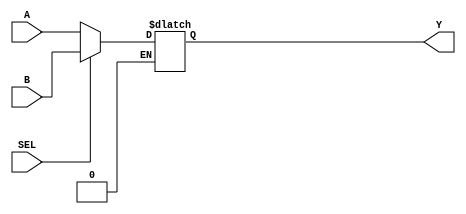
module mux_2to1(
    input wire A,
    input wire B,
    input wire SEL,
    output reg Y
);

always @(*) begin
    if (SEL == 0)
        Y = A;
    else if (SEL == 1)
        Y = B;
end

endmodule